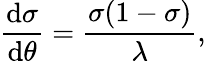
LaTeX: \frac{\mathrm{d}\sigma}{\mathrm{d}\theta}=\frac{\sigma(1-\sigma)}{\lambda},